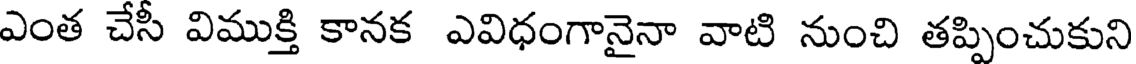
ఎంత చేసీ విముక్తి కానక ఎవిధంగానైనా వాటి నుంచి తప్పించుకుని